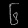
Digit: ၆